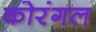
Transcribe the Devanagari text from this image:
कोरंगल